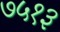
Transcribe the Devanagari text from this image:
७५१३